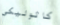
كاثوليكي